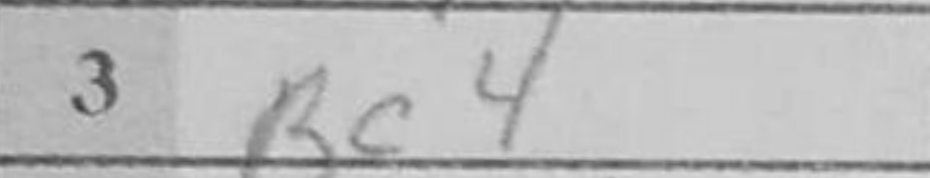
Transcription: Bc4